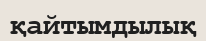
қайтымдылық